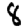
Digit: 8